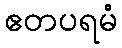
ဧတပရမံ